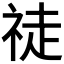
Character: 𱵎